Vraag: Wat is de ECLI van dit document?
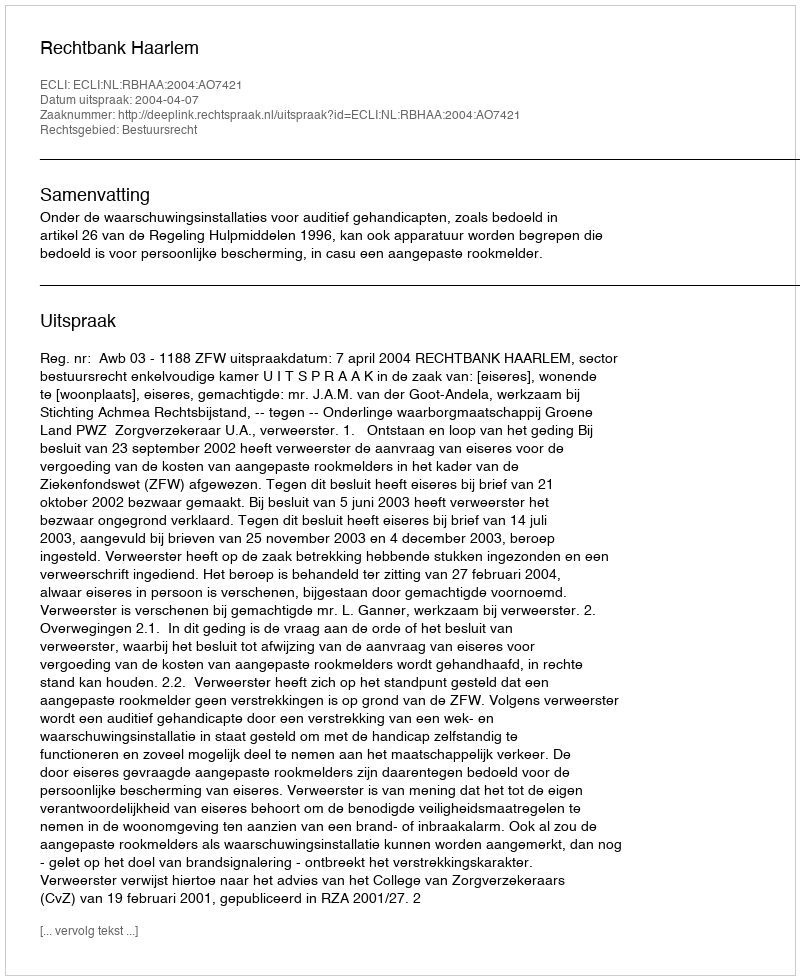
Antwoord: ECLI:NL:RBHAA:2004:AO7421